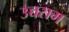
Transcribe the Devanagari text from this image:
उच्चसम